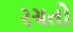
રચતો